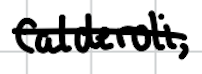
Text: Calderoli,
Cross-out: single-line
Writing tool: digital_black